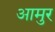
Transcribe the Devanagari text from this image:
आमुर